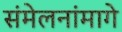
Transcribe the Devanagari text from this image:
संमेलनांमागे